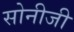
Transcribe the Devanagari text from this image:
सोनीजी